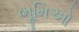
ભૂમિઓ